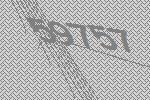
59757